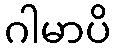
ဂါမာပိ